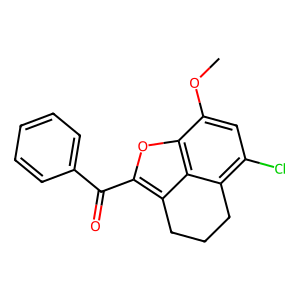
SMILES: COc1cc(Cl)c2c3c(c(C(=O)c4ccccc4)oc13)CCC2
Inhibits HIV replication: No